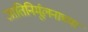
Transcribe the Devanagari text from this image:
जातिनिर्मूलनाच्या